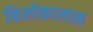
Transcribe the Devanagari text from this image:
फिलोकालास